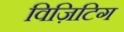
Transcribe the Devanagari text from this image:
विज़िटिग